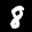
Label: 8